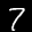
Label: 7